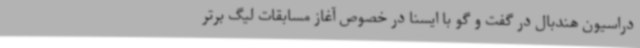
دراسیون هندبال در گفت و گو با ایسنا در خصوص آغاز مسابقات لیگ برتر